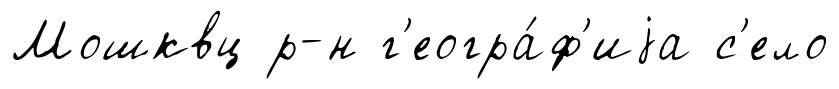
Мошквц р-н г'еогра́ф'иjа с'ело